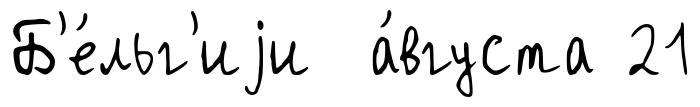
Б'е́льг'иjи а́вгуста 21